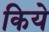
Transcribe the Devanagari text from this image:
किये